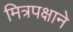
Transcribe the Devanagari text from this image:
मित्रपक्षाने